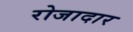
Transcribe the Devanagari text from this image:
रोजादार